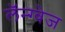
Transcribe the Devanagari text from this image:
लॅन्ग्वेज